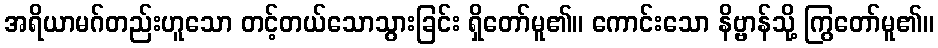
အရိယာမဂ်တည်းဟူသော တင့်တယ်သောသွားခြင်း ရှိတော်မူ၏။ ကောင်းသော နိဗ္ဗာန်သို့ ကြွတော်မူ၏။